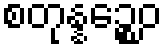
စတုန္နဉ္စေဝ